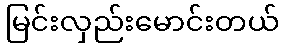
မြင်းလှည်းမောင်းတယ်